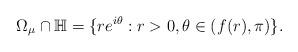
LaTeX: \begin{align*}\Omega_{\mu}\cap\mathbb{H}=\{re^{i\theta}:r>0,\theta\in(f(r),\pi)\}.\end{align*}